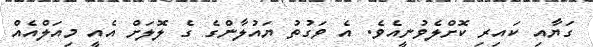
ގަޔާއި ކައިރި ކޮށްލެވުނީއެވެ. އެ ވަގުތު ޔައުލާންގެ ގެ ލޮލަށް އެއީ މިއަލްއެއް